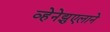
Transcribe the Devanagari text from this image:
व्हेनेझुएलाने